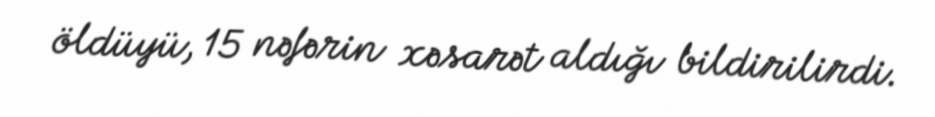
öldüyü, 15 nəfərin xəsarət aldığı bildirilirdi.